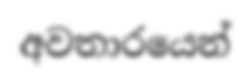
අවතාරයෙන්